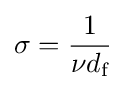
\sigma ={\frac {1}{\nu d_{\text{f}}}}\,\!